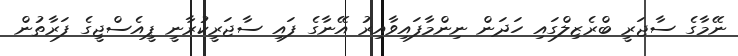
ނޭމާގެ ސާޖަރީ ބްރެޒިލްގައި ހަދަން ނިންމާފައިވާއިރު އޭނާގެ ފައި ސާޖަރީކުރާނީ ޕީއެސްޖީގެ ފަރާތުން